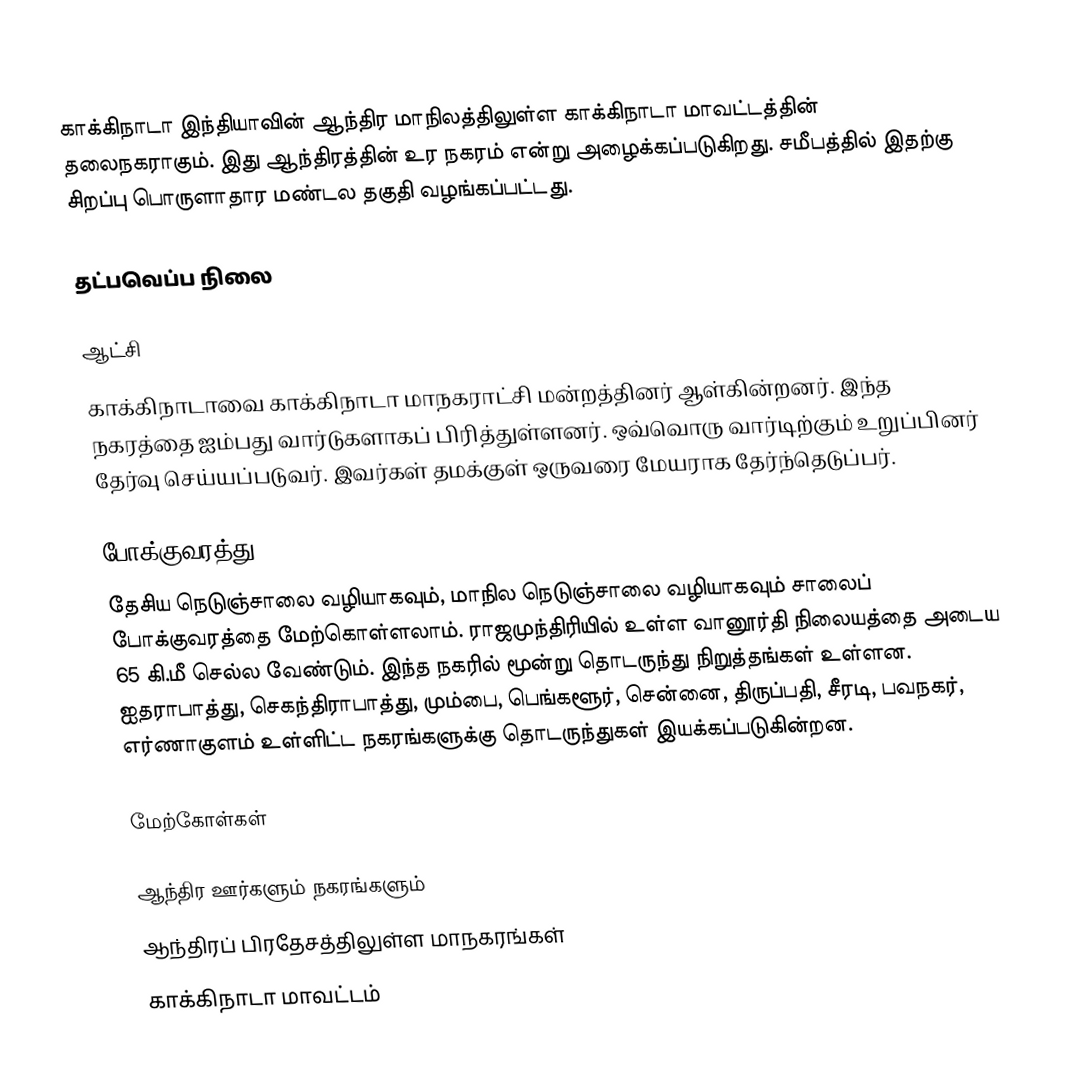
காக்கிநாடா இந்தியாவின் ஆந்திர மாநிலத்திலுள்ள காக்கிநாடா மாவட்டத்தின்  தலைநகராகும். இது ஆந்திரத்தின் உர நகரம் என்று அழைக்கப்படுகிறது. சமீபத்தில் இதற்கு சிறப்பு பொருளாதார மண்டல தகுதி வழங்கப்பட்டது.

தட்பவெப்ப நிலை

ஆட்சி
காக்கிநாடாவை காக்கிநாடா மாநகராட்சி மன்றத்தினர் ஆள்கின்றனர். இந்த நகரத்தை ஐம்பது வார்டுகளாகப் பிரித்துள்ளனர். ஒவ்வொரு வார்டிற்கும் உறுப்பினர் தேர்வு செய்யப்படுவர். இவர்கள் தமக்குள் ஒருவரை மேயராக தேர்ந்தெடுப்பர்.

போக்குவரத்து
தேசிய நெடுஞ்சாலை வழியாகவும், மாநில நெடுஞ்சாலை வழியாகவும் சாலைப் போக்குவரத்தை மேற்கொள்ளலாம். ராஜமுந்திரியில் உள்ள வானூர்தி நிலையத்தை அடைய 65 கி.மீ செல்ல வேண்டும். இந்த நகரில் மூன்று தொடருந்து நிறுத்தங்கள் உள்ளன. ஐதராபாத்து, செகந்திராபாத்து, மும்பை, பெங்களூர், சென்னை, திருப்பதி, சீரடி, பவநகர், எர்ணாகுளம் உள்ளிட்ட நகரங்களுக்கு தொடருந்துகள் இயக்கப்படுகின்றன.

மேற்கோள்கள்

ஆந்திர ஊர்களும் நகரங்களும்
ஆந்திரப் பிரதேசத்திலுள்ள மாநகரங்கள்
காக்கிநாடா மாவட்டம்